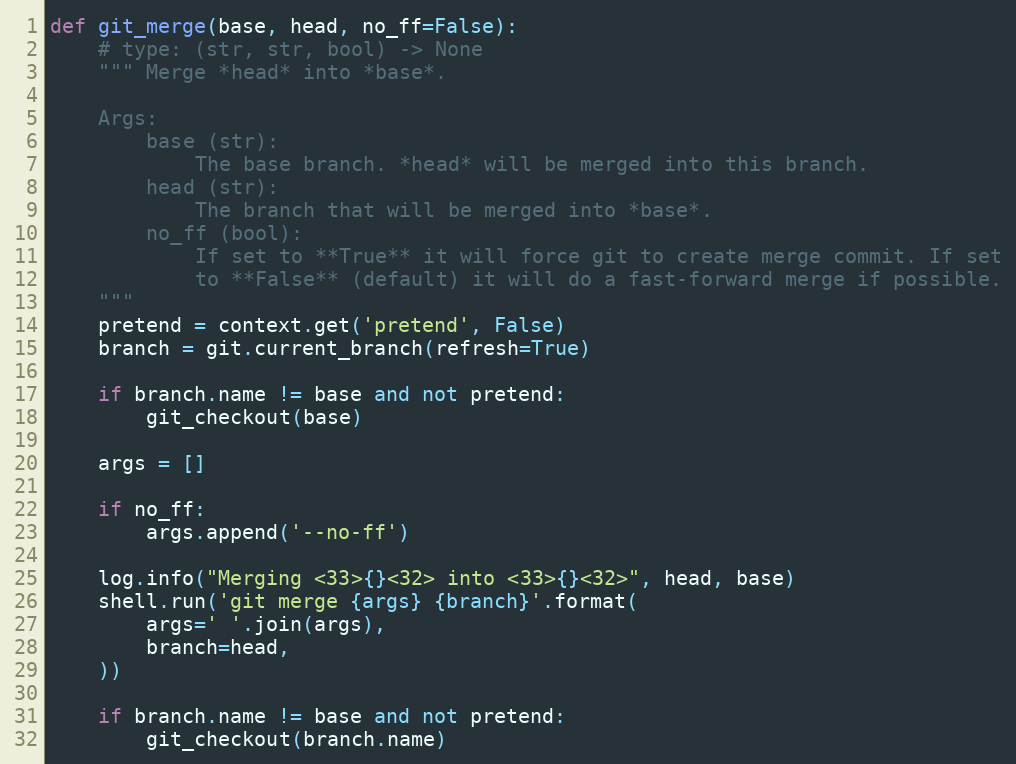
Language: Python
def git_merge(base, head, no_ff=False):
    # type: (str, str, bool) -> None
    """ Merge *head* into *base*.

    Args:
        base (str):
            The base branch. *head* will be merged into this branch.
        head (str):
            The branch that will be merged into *base*.
        no_ff (bool):
            If set to **True** it will force git to create merge commit. If set
            to **False** (default) it will do a fast-forward merge if possible.
    """
    pretend = context.get('pretend', False)
    branch = git.current_branch(refresh=True)

    if branch.name != base and not pretend:
        git_checkout(base)

    args = []

    if no_ff:
        args.append('--no-ff')

    log.info("Merging <33>{}<32> into <33>{}<32>", head, base)
    shell.run('git merge {args} {branch}'.format(
        args=' '.join(args),
        branch=head,
    ))

    if branch.name != base and not pretend:
        git_checkout(branch.name)